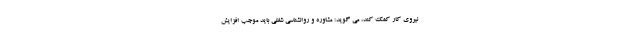
نیروی کار کمک کند، می گوید: مشاوره و روانشناسی شغلی باید موجب افزایش